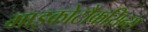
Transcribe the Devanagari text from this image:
माइकोटौकसिन्स